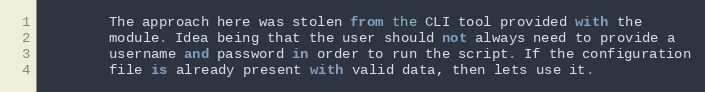
Language: Python
        The approach here was stolen from the CLI tool provided with the
        module. Idea being that the user should not always need to provide a
        username and password in order to run the script. If the configuration
        file is already present with valid data, then lets use it.